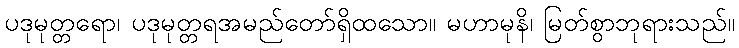
ပဒုမုတ္တရော၊ ပဒုမုတ္တရအမည်တော်ရှိထသော။ မဟာမုနိ၊ မြတ်စွာဘုရားသည်။